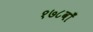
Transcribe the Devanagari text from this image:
१७८वाँ